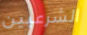
الشرعيين